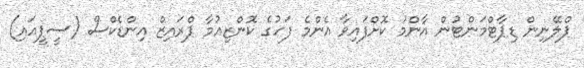
ޕްލޭނިން ޑިޕާޓްމަންޓުން އާންމު ކޮށްފައިވާ އެންމެ ފަހުގެ ކޮންޒިއުމާ ޕްރައިޒް އިންޑެކްސް (ސީޕީއައި)